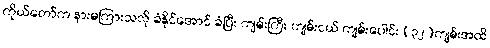
ကိုယ်တော်က နားမကြားသလို ခံနိုင်အောင် ခံပြီး ကျမ်းကြီး ကျမ်းငယ် ကျမ်းပေါင်း (၃၂)ကျမ်းအထိ